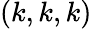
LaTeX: (k,k,k)